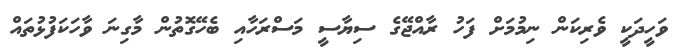
ވަހީދަކީ ވެރިކަން ނިމުމަށް ފަހު ރާއްޖޭގެ ސިޔާސީ މަސްރަހާއި ބެހޭގޮތުން މާގިނަ ވާހަކަފުޅުތައް